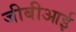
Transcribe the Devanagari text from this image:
जीबीआई